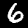
Label: 6